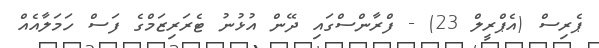
ޕެރިސް (އެޕްރީލް 23) - ފްރާންސްގައި ދޭން އުޅުނު ޓެރަރިޒަމްގެ ފަސް ހަމަލާއެއް